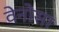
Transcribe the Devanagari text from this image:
वेनोसा